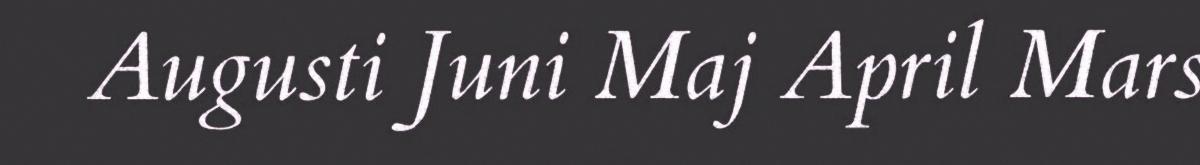
Augusti Juni Maj April Mars